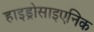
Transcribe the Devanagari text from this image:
हाइड्रोसाइएनिक